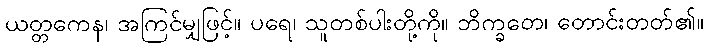
ယတ္တကေန၊ အကြင်မျှဖြင့်။ ပရေ၊ သူတစ်ပါးတို့ကို။ ဘိက္ခတေ၊ တောင်းတတ်၏။